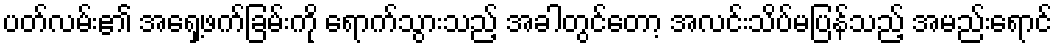
ပတ်လမ်း၏ အရှေ့ဖက်ခြမ်းကို ရောက်သွားသည့် အခါတွင်တော့ အလင်းသိပ်မပြန်သည့် အမည်းရောင်